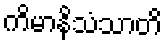
ကိမာနိသံသာတိ